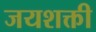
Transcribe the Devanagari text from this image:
जयशक्ती